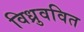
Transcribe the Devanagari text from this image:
विध्रुववित